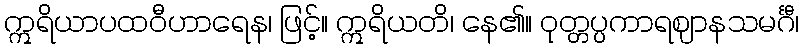
ဣရိယာပထဝီဟာရေန၊ ဖြင့်။ ဣရိယတိ၊ နေ၏။ ဝုတ္တပ္ပကာရဈာနသမင်္ဂီ၊